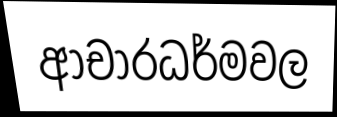
ආචාරධර්මවල